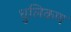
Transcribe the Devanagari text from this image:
धुलिकण